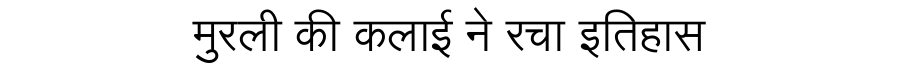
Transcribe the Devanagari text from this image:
मुरली की कलाई ने रचा इतिहास